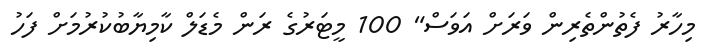
މިހާރު ފެތުންތެރިން ވަރަށް އަވަސް" 100 މީޓަރުގެ ރަން މެޑަލް ކާމިޔާބުކުރުމަށް ފަހު